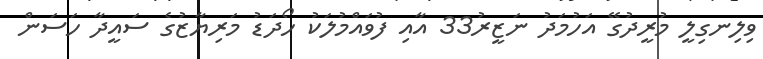
ވިލިނގިލީ މުރީދުގޭ އަހުމަދު ނަޒީރު33 އާއި ފުވައްމުލަކު ހޯދަޑު މަރިޔާޒުގެ ސައީދާ ހަސަން